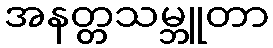
အနတ္တသမ္ဘူတာ